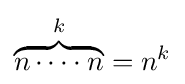
\overbrace {n\cdots \cdot n} ^{k}=n^{k}